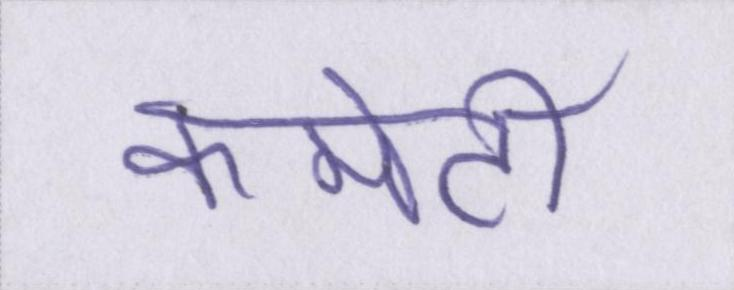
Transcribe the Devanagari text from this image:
कमेटी